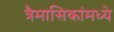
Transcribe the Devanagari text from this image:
त्रैमासिकांमध्ये